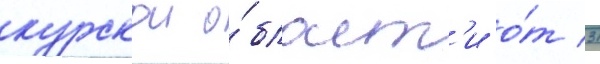
курскои о́бласт'и о́т 31